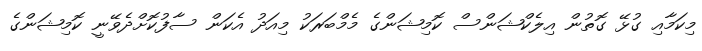
މިކަމާއި ގުޅޭ ގޮތުން އިލެކްޝަންސް ކޮމިޝަންގެ މެމްބަރަކު މިއަދު އެކަން ސާފުކޮށްދެވޭނީ ކޮމިޝަންގެ